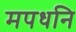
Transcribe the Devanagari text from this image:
मपधनि